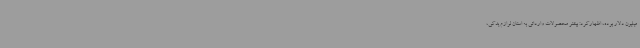
میلیون دلار بوده، اظهارکرد: بیشتر محصولات وارداتی به استان لوازم یدکی،